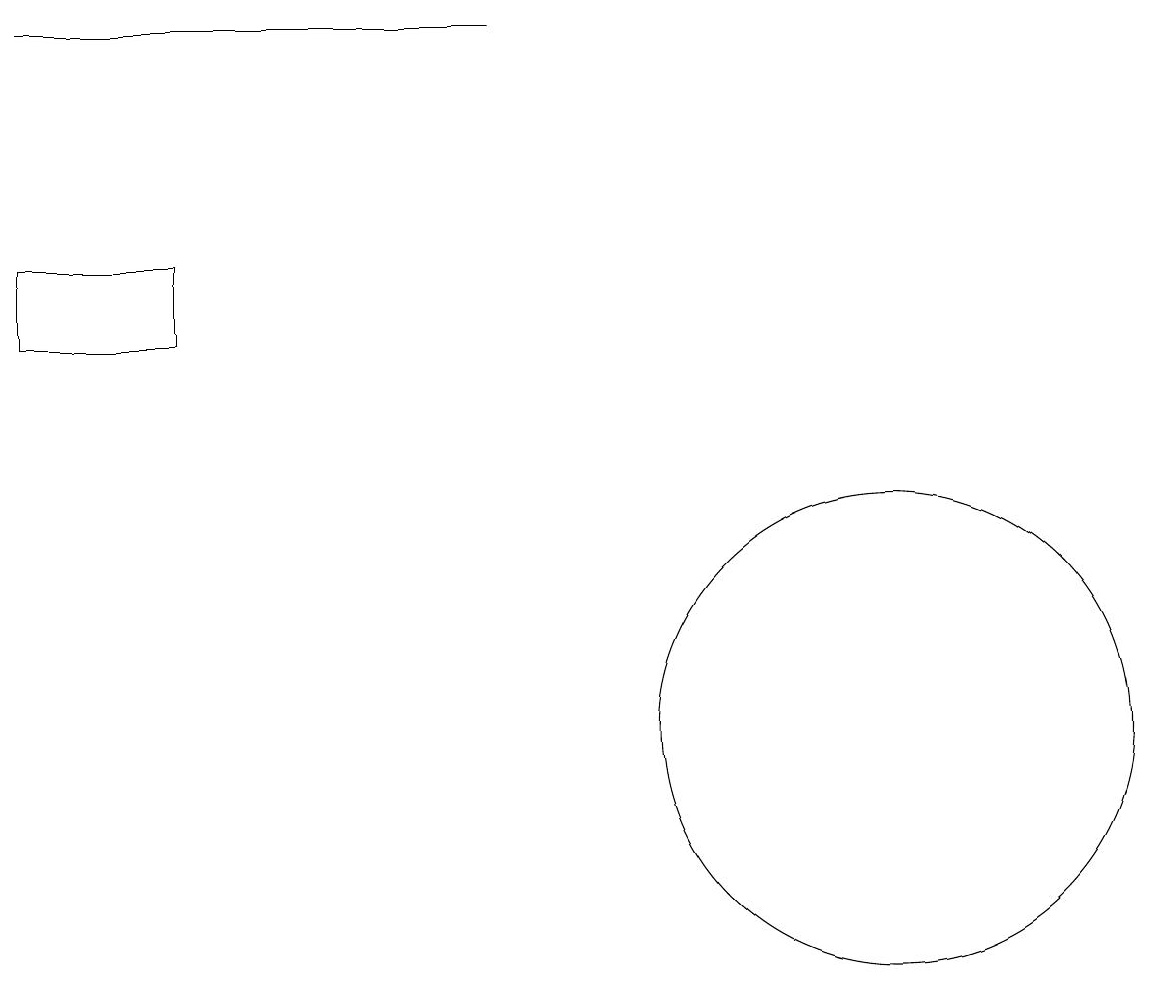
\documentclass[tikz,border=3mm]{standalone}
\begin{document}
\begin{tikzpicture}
\draw (0,16) rectangle (2,15);
\draw (11,10) circle (3);
\draw (0,19) rectangle (6,19);
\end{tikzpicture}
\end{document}